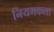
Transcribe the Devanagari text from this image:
नियमकला